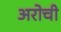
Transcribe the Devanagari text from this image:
अरोची